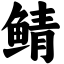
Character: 鲭